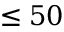
\le 5 0